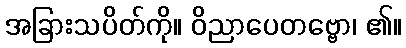
အခြားသပိတ်ကို။ ဝိညာပေတဗ္ဗော၊ ၏။